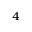
^ 4